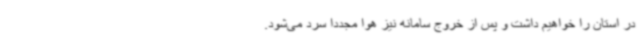
در استان را خواهیم داشت و پس از خروج سامانه نیز هوا مجدداً سرد می‌شود.